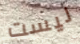
ليست